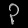
Digit: ၃